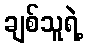
ချစ်သူရဲ့